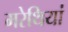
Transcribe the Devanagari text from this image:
मरेथियां